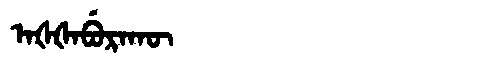
Manchu: ᠠᡧᡧᠠᠪᡠᡵᠠᡴᡡ
Romanization: AŠŠABURAKŪ